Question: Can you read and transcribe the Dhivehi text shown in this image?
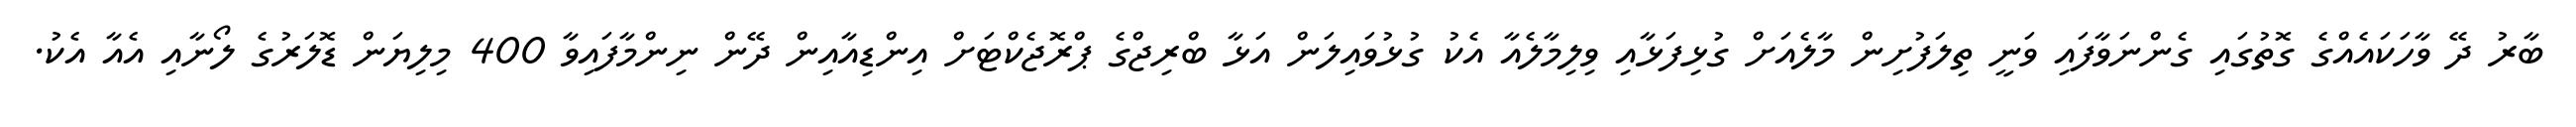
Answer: ބާރު ދޭ ވާހަކައެއްގެ ގޮތުގައި ގެންނަވާފައި ވަނީ ތިލަފުށިން މާލެއަށް ގުޅިފަޅާއި ވިލިމާލެއާ އެކު ގުޅުވައިލަން އަޅާ ބްރިޖްގެ ޕްރޮޖެކްޓަށް އިންޑިއާއިން ދޭން ނިންމާފައިވާ 400 މިލިޔަން ޑޮލަރުގެ ލޯނާއި އެއާ އެކު.